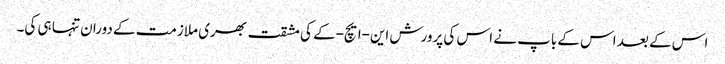
اس کے بعد اس کے باپ نے اس کی پرورش این-ایچ-کے کی مشقت بھری ملازمت کے دوران تنہا ہی کی۔